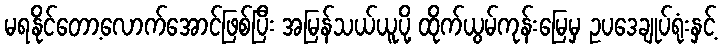
မရနိုင်တော့လောက်အောင်ဖြစ်ပြီး အမြန်သယ်ယူပို့ ထိုက်ယွမ်ကုန်းမြေမှ ဥပဒေချုပ်ရုံးနှင့်